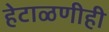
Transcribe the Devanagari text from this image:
हेटाळणीही